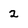
Character: 2